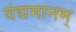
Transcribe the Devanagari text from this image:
वंद्यमानम्